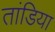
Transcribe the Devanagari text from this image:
तांडिया